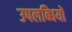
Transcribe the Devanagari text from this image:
उपलब्‍धियों